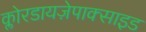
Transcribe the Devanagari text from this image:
क्लोरडायज़ेपाक्साइड